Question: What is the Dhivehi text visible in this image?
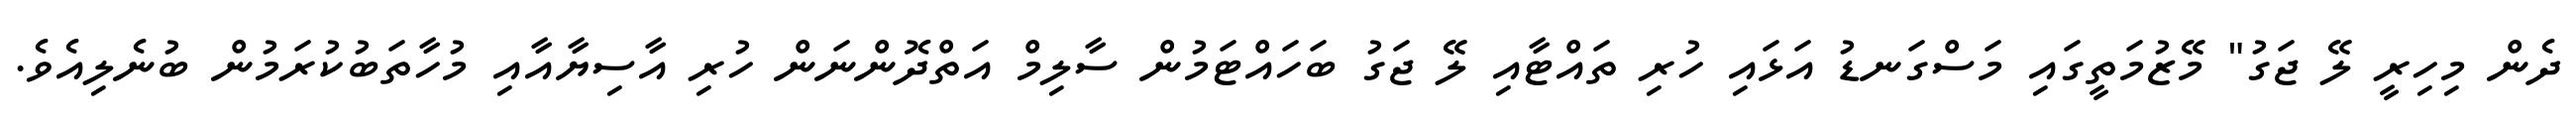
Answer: ދެން މިހިރީ ލޭ ޖަގު" މޭޒުމަތީގައި މަސްގަނޑު އަޅައި ހުރި ތައްޓާއި ލޭ ޖަގު ބަހައްޓަމުން ސާލިމް އަތްދޮންނަން ހުރި އާސިޔާއާއި މުހާތަބުކުރަމުން ބުނެލިއެވެ.